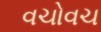
વચોવચ